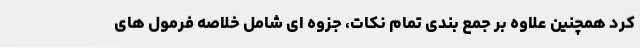
کرد همچنین علاوه بر جمع بندی تمام نکات، جزوه ای شامل خلاصه فرمول های